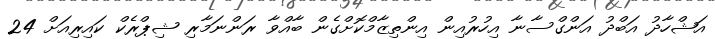
އަޝްހާދު އަބްދު އަންގްސާނާ އިހުރުއިން އިންތިޒާމްކޮށްގެން ބާއްވާ ރަންނަމާރި ޝިޕްރެކް ކައިރިއަށް 24